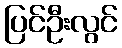
ပြင်ဦးလွင်